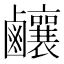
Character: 𪊊